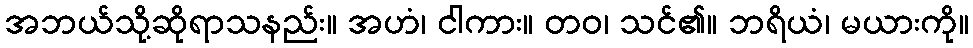
အဘယ်သို့ဆိုရာသနည်း။ အဟံ၊ ငါကား။ တဝ၊ သင်၏။ ဘရိယံ၊ မယားကို။